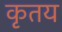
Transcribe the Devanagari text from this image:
कृतय